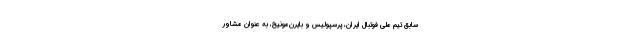
سابق تیم ملی فوتبال ایران، پرسپولیس و بایرن‌مونیخ، به عنوان مشاور